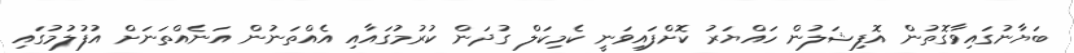
ބަޔާނުގައިވާގޮތުން އޮފިޝަލުން ހައްޔަރު ކޮށްފައިވަނީ ކެމިކަލް ގުދަން ކުރުމުގައާއި އެއްތަނުން އަނެއްތަނަށް އުފުލުމުގައި